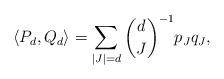
LaTeX: \begin{align*} \langle P_d, Q_d \rangle = \sum_{|J| = d } \binom{d}{J} ^{-1} p_J q_J, \end{align*}